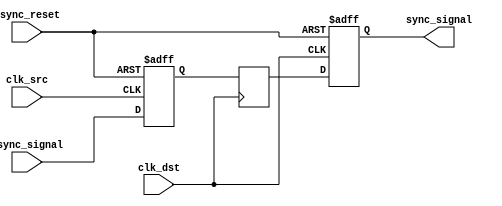
module crossing_synchronizer #(
    parameter WIDTH = 1  // Width of the input signal
)(
    input  wire         clk_src,      // Source clock
    input  wire         clk_dst,      // Destination clock
    input  wire [WIDTH-1:0] async_signal, // Asynchronous input signal
    input  wire         async_reset,   // Asynchronous reset
    output reg  [WIDTH-1:0] sync_signal // Synchronized output signal
);

    // Internal signals for the dual flip-flop synchronizer
    reg [WIDTH-1:0] sync_ff1; // First stage flip-flop
    reg [WIDTH-1:0] sync_ff2; // Second stage flip-flop

    // Asynchronous reset and first flip-flop sampling
    always @(posedge clk_src or posedge async_reset) begin
        if (async_reset) begin
            sync_ff1 <= {WIDTH{1'b0}}; // Clear first flip-flop
        end else begin
            sync_ff1 <= async_signal; // Sample async_signal
        end
    end

    // Second flip-flop sampling
    always @(posedge clk_dst) begin
        sync_ff2 <= sync_ff1; // Transfer data from first to second flip-flop
    end

    // Output synchronized signal
    always @(posedge clk_dst or posedge async_reset) begin
        if (async_reset) begin
            sync_signal <= {WIDTH{1'b0}}; // Clear output signal
        end else begin
            sync_signal <= sync_ff2; // Output synchronized value
        end
    end

endmodule